画像に写った文字を読んでください
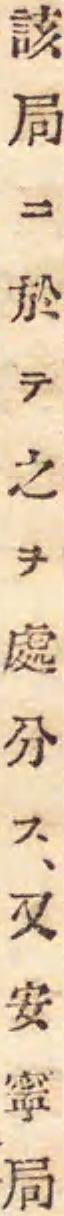
「該局ニ於テ之ヲ處分ス、又安寧局」と書いてあります